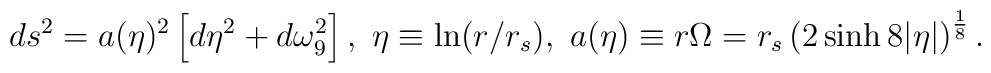
ds^2=a(\eta)^2\left[d\eta^2+d\omega_9^2\right],~\eta\equiv \ln(r/r_s),~a(\eta)\equiv r\Omega=r_s\left(2\sinh8|\eta|\right)^{\frac{1}{8}}.